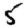
Digit: 5